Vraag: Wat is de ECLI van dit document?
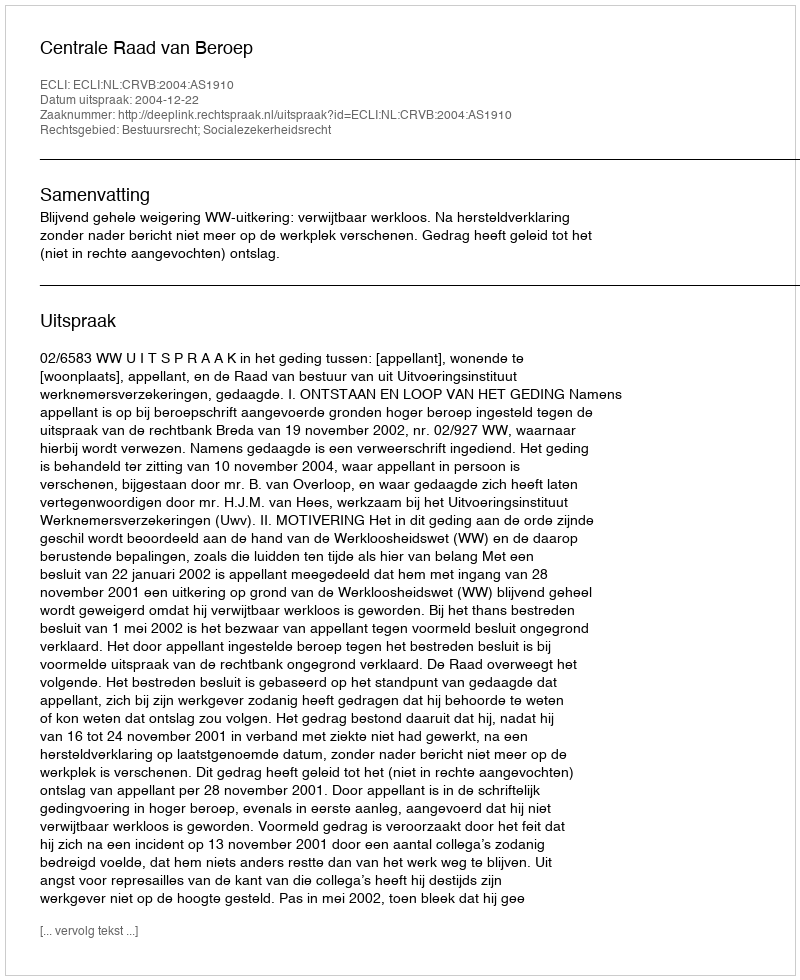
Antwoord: ECLI:NL:CRVB:2004:AS1910